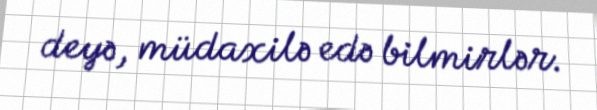
deyə, müdaxilə edə bilmirlər.